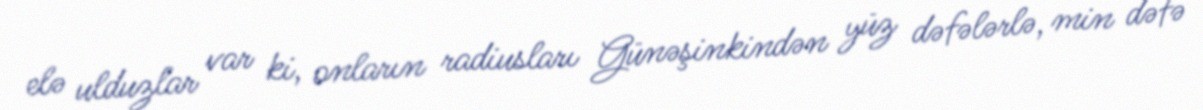
elə ulduzlar var ki, onların radiusları Günəşinkindən yüz dəfələrlə, min dəfə